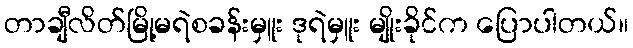
တာချီလိတ်မြို့မရဲစခန်းမှူး ဒုရဲမှူး မျိုးခိုင်က ပြောပါတယ်။